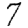
Digit: 7